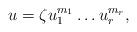
LaTeX: \begin{align*} u = \zeta u_1^{m_1}\dots u_r^{m_r},\end{align*}